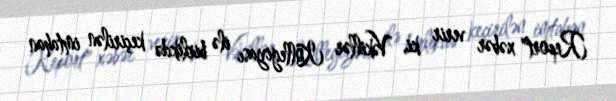
Report" xəbər verir ki, Vəkillər Kollegiyası ilə birlikdə keçirilən imtahan